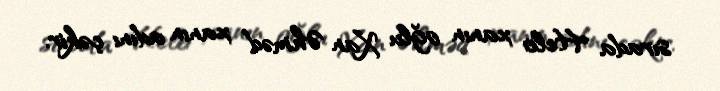
sırada Helo xanın oğlu Xan Əhməd xanın adını çəkir.